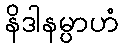
နိဒါနမ္ပာဟံ